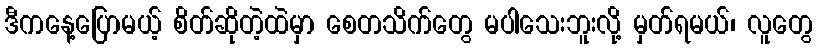
ဒီကနေ့ပြောမယ့် စိတ်ဆိုတဲ့ထဲမှာ စေတသိက်တွေ မပါသေးဘူးလို့ မှတ်ရမယ်၊ လူတွေ